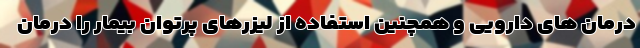
درمان های دارویی و همچنین استفاده از لیزرهای پرتوان بیمار را درمان